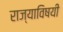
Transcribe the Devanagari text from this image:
राज्याविषयी